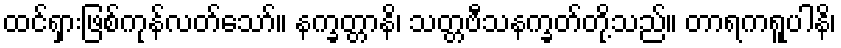
ထင်ရှားဖြစ်ကုန်လတ်သော်။ နက္ခတ္တာနိ၊ သတ္တဗီသနက္ခတ်တို့သည်။ တာရကရူပါနိ၊